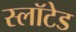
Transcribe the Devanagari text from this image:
स्लॉटेड